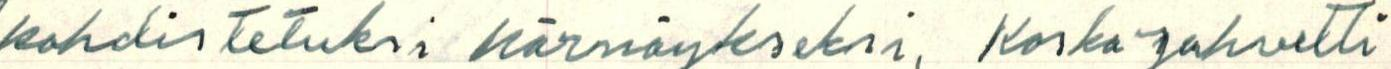
kohdistetuksi härnäykseksi, Koska Jahvetti